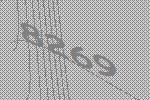
8269